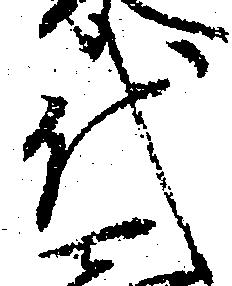
代